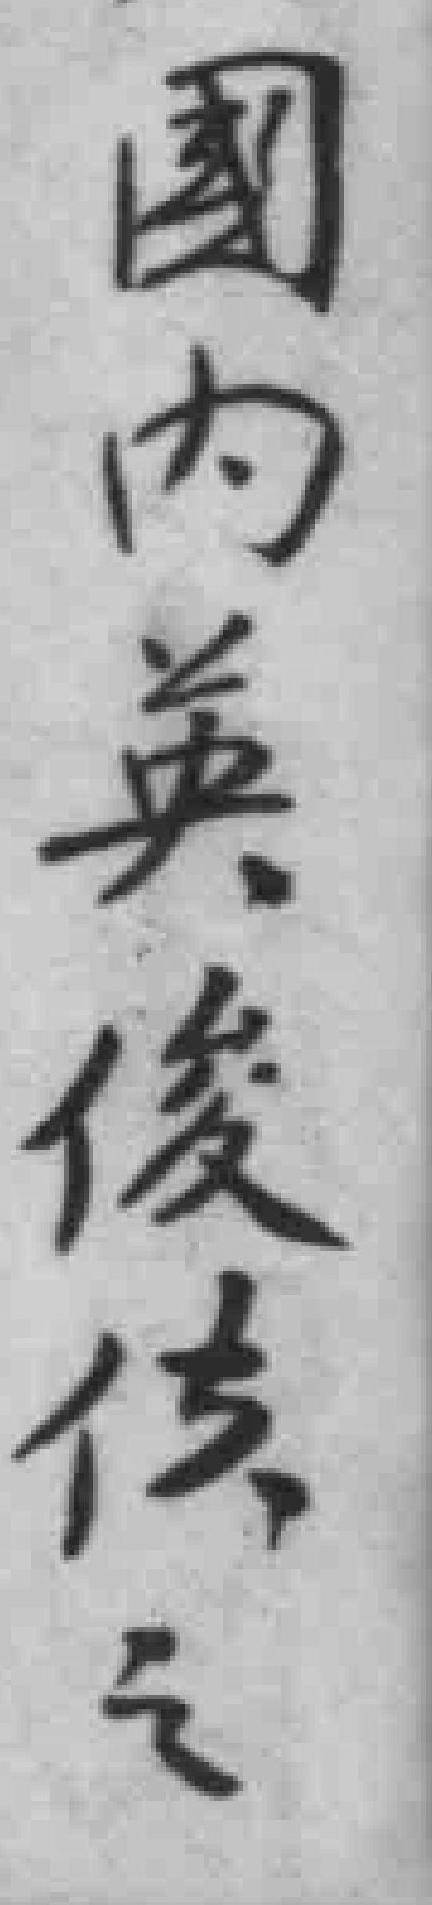
國内英俊传之